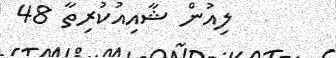
ލިއުން ޝާއިއުކުރިތާ 48